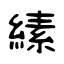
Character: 縤